Subject: physics
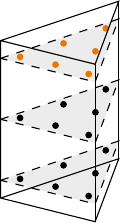
LaTeX code:
\begin{tikzpicture}[x = {(0.75cm,0.25cm)}, y={(0.6cm,-0.15cm)}, z={(0cm,1cm)},]
\draw plot [mark=*, mark size=1] coordinates{(-0.81684757298044, 0.63369514596088, -0.7745966692414834)};
\draw plot [mark=*, mark size=1] coordinates{(0.63369514596088, -0.81684757298044, -0.7745966692414834)};
\draw plot [mark=*, mark size=1] coordinates{(-0.81684757298044, -0.81684757298044, -0.7745966692414834)};
\draw plot [mark=*, mark size=1] coordinates{(-0.108103018168072, -0.783793963663856, -0.7745966692414834)};
\draw plot [mark=*, mark size=1] coordinates{(-0.783793963663856, -0.108103018168072, -0.7745966692414834)};
\draw plot [mark=*, mark size=1] coordinates{(-0.108103018168072, -0.108103018168072, -0.7745966692414834)};
\draw plot [mark=*, mark size=1] coordinates{(-0.81684757298044, 0.63369514596088, 0.0)};
\draw plot [mark=*, mark size=1] coordinates{(0.63369514596088, -0.81684757298044, 0.0)};
\draw plot [mark=*, mark size=1] coordinates{(-0.81684757298044, -0.81684757298044, 0.0)};
\draw plot [mark=*, mark size=1] coordinates{(-0.108103018168072, -0.783793963663856, 0.0)};
\draw plot [mark=*, mark size=1] coordinates{(-0.783793963663856, -0.108103018168072, 0.0)};
\draw plot [mark=*, mark size=1] coordinates{(-0.108103018168072, -0.108103018168072, 0.0)};
\draw [color=orange] plot [mark=*, mark size=1] coordinates{(-0.81684757298044, 0.63369514596088, 0.7745966692414834)};
\draw [color=orange] plot [mark=*, mark size=1] coordinates{(0.63369514596088, -0.81684757298044, 0.7745966692414834)};
\draw [color=orange] plot [mark=*, mark size=1] coordinates{(-0.81684757298044, -0.81684757298044, 0.7745966692414834)};
\draw [color=orange] plot [mark=*, mark size=1] coordinates{(-0.108103018168072, -0.783793963663856, 0.7745966692414834)};
\draw [color=orange] plot [mark=*, mark size=1] coordinates{(-0.783793963663856, -0.108103018168072, 0.7745966692414834)};
\draw [color=orange] plot [mark=*, mark size=1] coordinates{(-0.108103018168072, -0.108103018168072, 0.7745966692414834)};
\path (-1,-1,-1) coordinate (A) (1,-1,-1) coordinate (B) (-1,1,-1) coordinate (C); % (0,0,0) coordinate (D) (0,\z,\y) coordinate (E) (\x,\z,\y) coordinate (F) (\x,\z,0) coordinate (G) (0,\z,0) coordinate (H);
\path (-1,-1,1) coordinate (D) (1,-1,1) coordinate (E) (-1,1,1) coordinate (F);
\draw (A)--(B)--(C)--(A)--(D)--(E)--(F)--(D);
\draw (B)--(E);
\draw (C)--(F);
\foreach \z in {-0.7745966692414834,0,0.7745966692414834}{
\draw [dashed, black, fill=black, fill opacity=0.075] (-1,-1,\z)--(1,-1,\z)--(-1,1,\z)--(-1,-1,\z);
}
\end{tikzpicture}